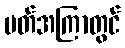
ပတ်အကြာတွင်